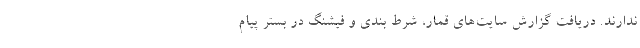
ندارند. دریافت گزارش سایت‌های قمار، شرط بندی و فیشنگ در بستر پیام